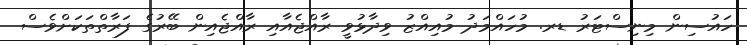
ހައުސިން މިނިސްޓަރު ޑރ. މުހައްމަދު މުއިއްޒު ވިދާޅުވީ ރާއްޖެއާއި ރާއްޖެއިން ބޭރުގެ ފަރާތްތަކަށްވެސް